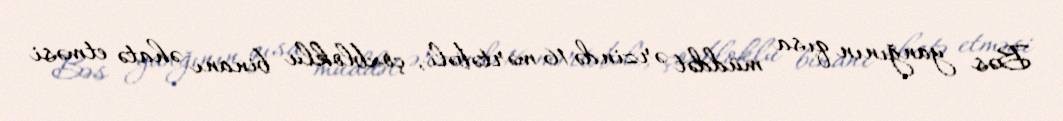
Bəs yanğının qısa müddət ərzində 16 mərtəbəli, çoxbloklu binanı əhatə etməsi